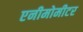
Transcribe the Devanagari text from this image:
एनीमोमीटर